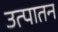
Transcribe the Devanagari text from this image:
उत्पातन